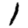
Digit: 1